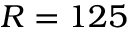
R = 1 2 5